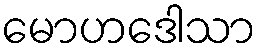
မောဟဒေါသာ